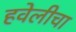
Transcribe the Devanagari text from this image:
हवेलीचा